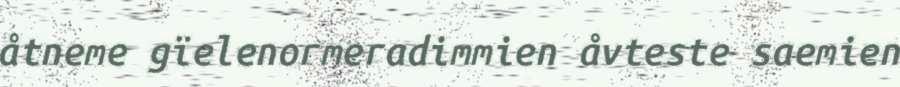
åtneme gïelenormeradimmien åvteste saemien